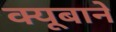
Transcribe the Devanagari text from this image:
क्यूबाने